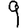
Digit: 9